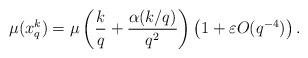
LaTeX: \begin{align*} \mu(x_q^k) = \mu \left (\frac{k}{q}+ \frac{\alpha(k/q)}{q^2} \right ) \left ( 1 + \varepsilon O(q^{-4}) \right ). \end{align*}